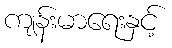
ကျန်းမာရေးနှင့်